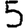
Digit: 5